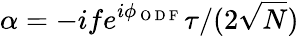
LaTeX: \alpha=-ife^{i\phi_{\mathrm{~O~D~F~}}}\tau/(2\sqrt{N})